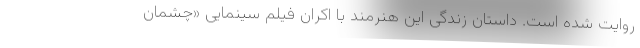
روایت شده است. داستان زندگی این هنرمند با اکران فیلم سینمایی «چشمان